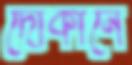
দোকানে